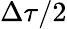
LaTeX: \Delta\tau/2